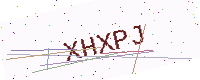
Text: XHXPJ